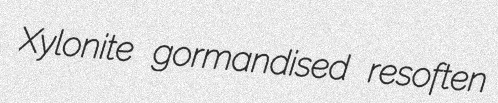
Xylonite gormandised resoften